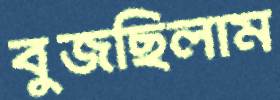
বুজছিলাম